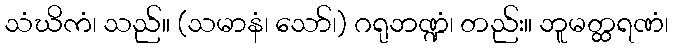
သံဃိကံ၊ သည်။ (သမာနံ၊ သော်၊) ဂရုဘဏ္ဍံ၊ တည်း။ ဘူမတ္ထရဏံ၊